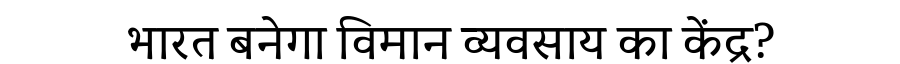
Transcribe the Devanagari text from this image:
भारत बनेगा विमान व्यवसाय का केंद्र?